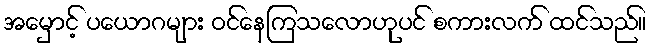
အမှောင့် ပယောဂများ ဝင်နေကြသလောဟုပင် စကားလက် ထင်သည်။